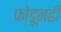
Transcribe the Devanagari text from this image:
फोडूनही